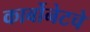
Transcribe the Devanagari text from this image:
कार्बोनेटचे